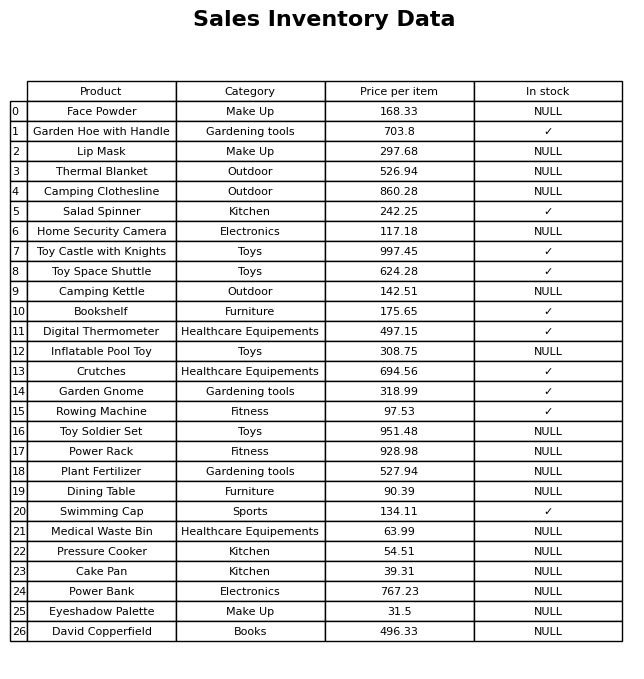
question: What is the price for Toy Space Shuttle?
answer: The price of Toy Space Shuttle is 624.28.